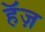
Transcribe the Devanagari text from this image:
हॅज़